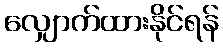
လျှောက်ထားနိုင်ရန်